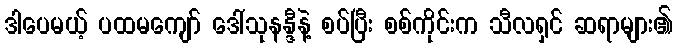
ဒါပေမယ့် ပထမကျော် ဒေါ်သုနန္ဒီနဲ့ စပ်ပြီး စစ်ကိုင်းက သီလရှင် ဆရာများ၏